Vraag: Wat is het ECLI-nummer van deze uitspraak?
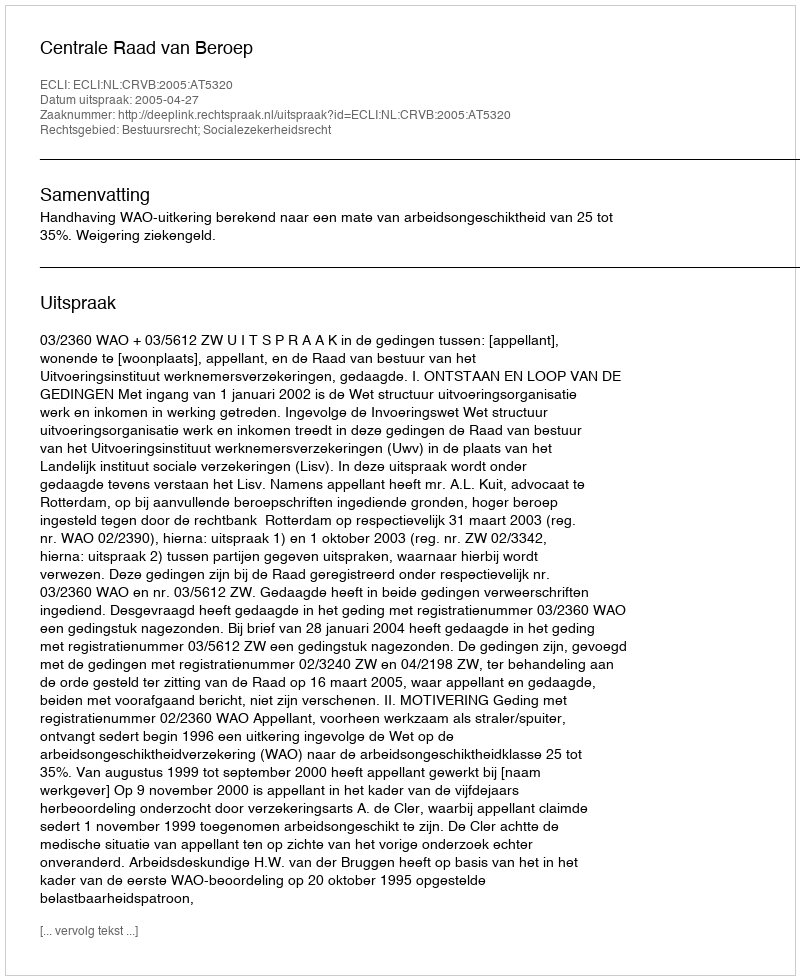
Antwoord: ECLI:NL:CRVB:2005:AT5320